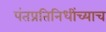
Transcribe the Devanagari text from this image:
पंतप्रतिनिधींच्याच